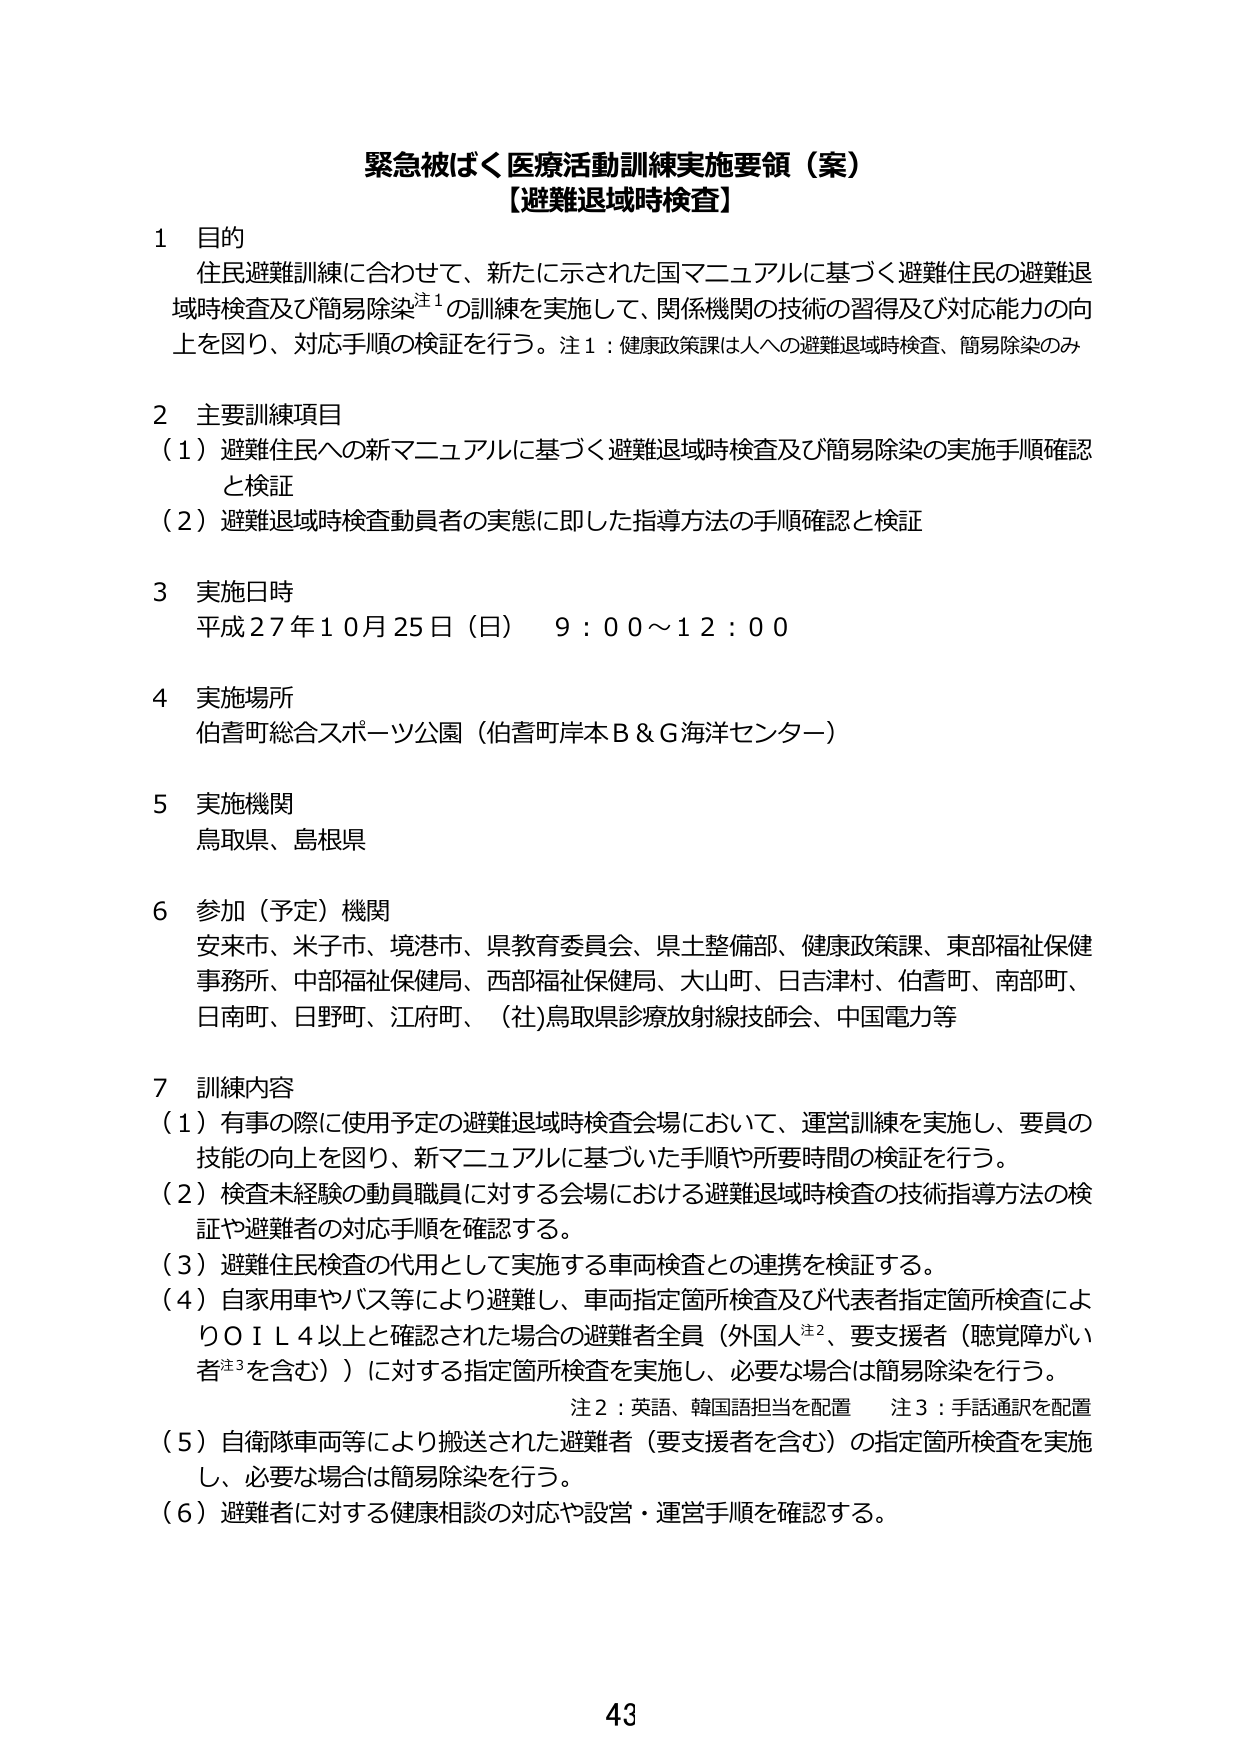
緊急被ばく医療活動訓練実施要領（案）
【避難退域時検査】

1 目的
住民避難訓練に合わせて、新たに示された国マニュアルに基づく避難住民の避難退域時検査及び簡易除染注1の訓練を実施して、関係機関の技術の習得及び対応能力の向上を図り、対応手順の検証を行う。注1：健康政策課は人への避難退域時検査、簡易除染のみ

2 主要訓練項目
（1）避難住民への新マニュアルに基づく避難退域時検査及び簡易除染の実施手順確認と検証
（2）避難退域時検査動員者の実態に即した指導方法の手順確認と検証

3 実施日時
平成27年10月25日（日） 9：00～12：00

4 実施場所
伯耆町総合スポーツ公園（伯耆町岸本B＆G海洋センター）

5 実施機関
鳥取県、島根県

6 参加（予定）機関
安来市、米子市、境港市、県教育委員会、県土整備部、健康政策課、東部福祉保健事務所、中部福祉保健局、西部福祉保健局、大山町、日吉津村、伯耆町、南部町、日南町、日野町、江府町、（社）鳥取県診療放射線技師会、中国電力等

7 訓練内容
（1）有事の際に使用予定の避難退域時検査会場において、運営訓練を実施し、要員の技能の向上を図り、新マニュアルに基づいた手順や所要時間の検証を行う。
（2）検査未経験の動員職員に対する会場における避難退域時検査の技術指導方法の検証や避難者の対応手順を確認する。
（3）避難住民検査の代用として実施する車両検査との連携を検証する。
（4）自家用車やバス等により避難し、車両指定箇所検査及び代表者指定箇所検査によりOIL4以上と確認された場合の避難者全員（外国人注2、要支援者（聴覚障がい者注3を含む））に対する指定箇所検査を実施し、必要な場合は簡易除染を行う。
注2：英語、韓国語担当を配置　注3：手話通訳を配置
（5）自衛隊車両等により搬送された避難者（要支援者を含む）の指定箇所検査を実施し、必要な場合は簡易除染を行う。
（6）避難者に対する健康相談の対応や設営・運営手順を確認する。

43